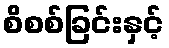
စိစစ်ခြင်းနှင့်